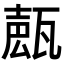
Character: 𤭩